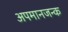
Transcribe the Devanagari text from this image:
अपमानजन्क